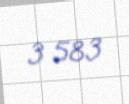
3 583